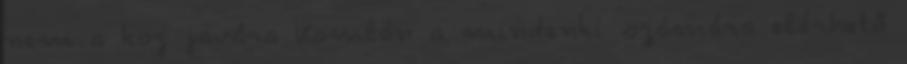
nem a köz javára Komlón a mindenki számára elérhető